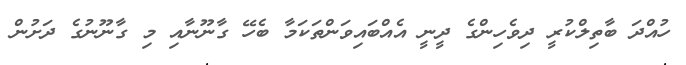
ހުއްދަ ބާތިލްކުރީ ދިވެހިންގެ ދީނީ އެއްބައިވަންތަކަމާ ބެހޭ ގާނޫނާއި މި ގާނޫނުގެ ދަށުން